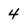
Character: 4